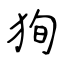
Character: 狥